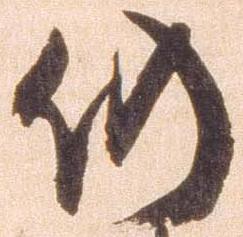
仍